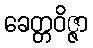
ခေတ္တဝိဇ္ဇာ